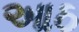
આઠ